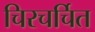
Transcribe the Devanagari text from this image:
चिरचर्चित